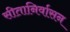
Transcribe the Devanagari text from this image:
सीतानिर्वासन